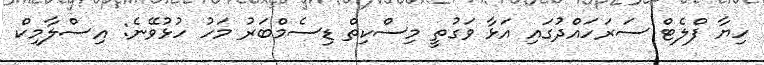
ހިޔާ ފްލެޓް ސަރަހައްދުގައި އަޅާ ވަގުތީ މިސްކިތް ޑިސެމްބަރު މަހު ހުޅުވޭނެ: އިސްލާމިކް